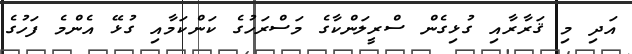
އަދި މި ޤަރާރާއި ގުޅިގެން ސްރީލަންކާގެ މަސްރަހުގެ ކަންކަމާއި ގުޅޭ އެންމެ ފަހުގެ